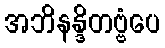
အဘိနန္ဒိတဗ္ဗံပေ